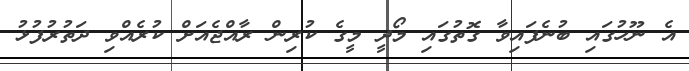
އެ ނޫހުގައި ބުނެފައިވާ ގޮތުގައި މޯދީ މީގެ ކުރިން ރާއްޖެއަށް ކުރެއްވި ދަތުރުފުޅު